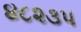
૪૮૨૩૫